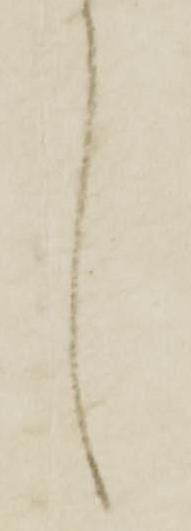
言